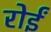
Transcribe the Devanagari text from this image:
रोईं